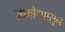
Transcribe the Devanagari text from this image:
जामोदपासून